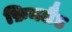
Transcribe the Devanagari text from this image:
फ़िनलैड